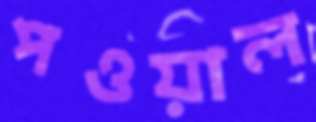
পওয়াল